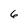
Character: 6